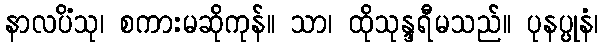
နာလပိံသု၊ စကားမဆိုကုန်။ သာ၊ ထိုသုန္ဒရီမသည်။ ပုနပ္ပုနံ၊